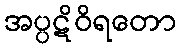
အပ္ပဋိဝိရတော